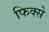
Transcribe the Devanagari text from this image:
फिक्से